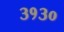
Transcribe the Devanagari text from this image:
३१३०